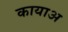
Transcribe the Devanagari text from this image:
कायाअ